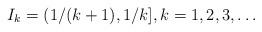
LaTeX: \begin{align*}I_k = (1/(k+1), 1/k ], k = 1, 2, 3, \ldots\end{align*}